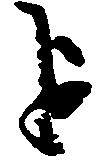
を